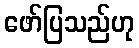
ဖော်ပြသည်ဟု